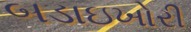
બડાઇખોરી